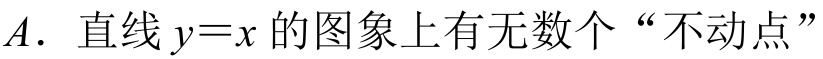
\(A\). 直线\(y = x\)的图象上有无数个“不动点”